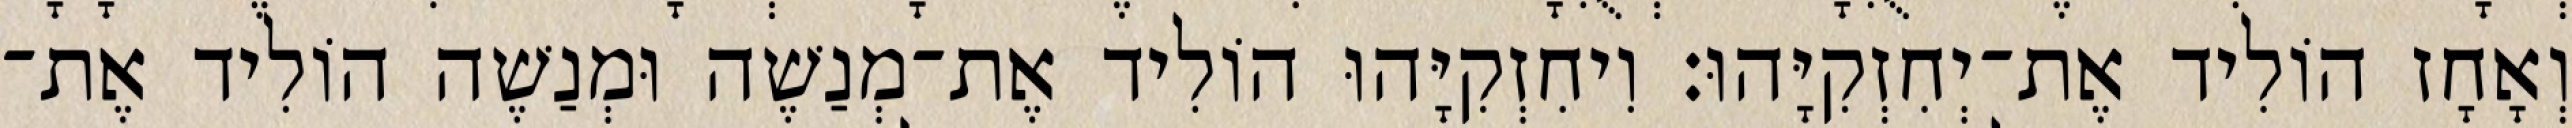
וְאָחָז הוֹלִיד אֶת־יְחִזְקִיָּהוּ׃ וִיחִזְקִיָּהוּ הוֹלִיד אֶת־מְנַשֶׁה וּמְנַשֶׁה הוֹלִיד אֶת־